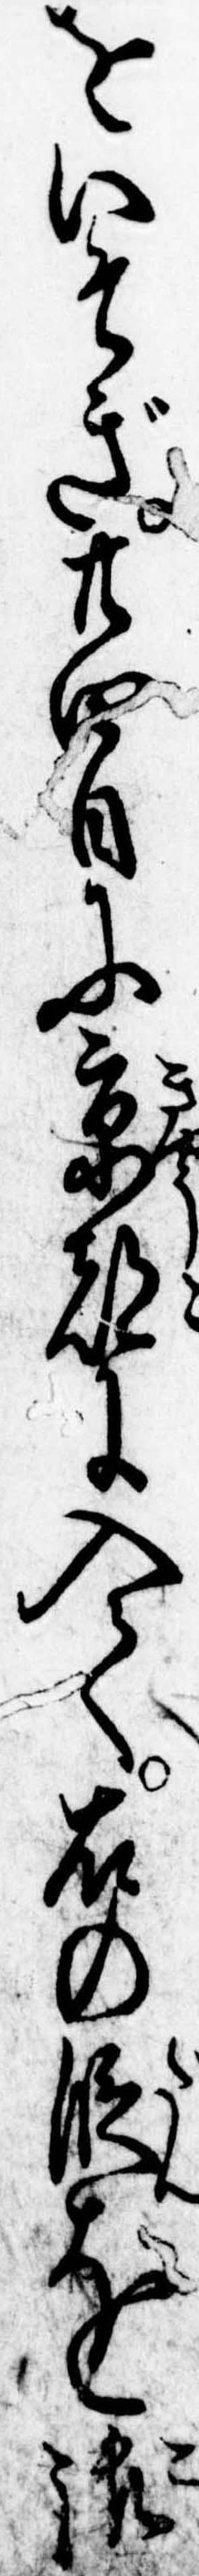
をいそぎ廿四日に京都に入て右の段を御